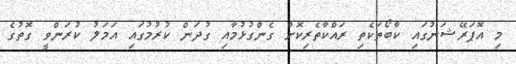
މި އޮޕަރޭޝަނުގައި ކާބޯތަކެތި ރައްކާތެރިކޮށް ގެންގުޅުމާއި ގުދަން ކުރުމުގައި އަމަލު ކުރަންވީ ގޮތުގެ